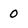
Character: 0